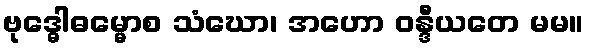
ဗုဒ္ဓေါဓမ္မောစ သံဃော၊ အဟော ဝန္ဒီယတေ မမ။